Report on the bubonic plague in Bombay, 1896-1897
Year: 1896
Disease focus: Plague
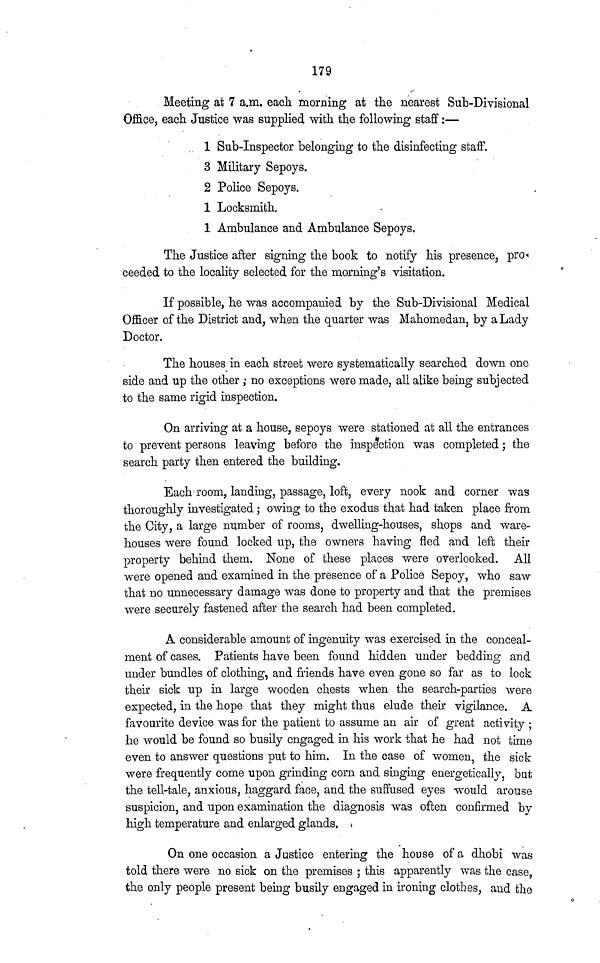
179
Meeting at 7 a.m. each morning at the nearest Sub-Divisional
Office, each Justice was supplied with the following staff :—
1 Sub-Inspector belonging to the disinfecting staff.
3 Military Sepoys.
2 Police Sepoys.
1 Locksmith.
1 Ambulance and Ambulance Sepoys.
The Justice after signing the book to notify his presence, pro
ceeded to the locality selected for the morning's visitation.
If possible, he was accompanied by the Sub-Divisional Medical
Officer of the District and, when the quarter was Mahomedan, by a Lady
Doctor.
The houses in each street were systematically searched down one
side and up the other ; no exceptions were made, all alike being subjected
to the same rigid inspection.
On arriving at a house, sepoys were stationed at all the entrances
to prevent persons leaving before the inspection was completed ; the
search party then entered the building.
Each room, landing, passage, loft, every nook and corner was
thoroughly investigated ; owing to the exodus that had taken place from
the City, a large number of rooms, dwelling-houses, shops and ware-
houses were found locked up, the owners having fled and left their
property behind them. None of these places were overlooked. All
were opened and examined in the presence of a Police Sepoy, who saw
that no unnecessary damage was done to property and that the premises
were securely fastened after the search had been completed.
A considerable amount of ingenuity was exercised in the conceal-
ment of cases. Patients have been found hidden under bedding and
under bundles of clothing, and friends have even gone so far as to lock
their sick up in large wooden chests when the search-parties were
expected, in the hope that they might thus elude their vigilance. A
favourite device was for the patient to assume an air of great activity ;
he would be found so busily engaged in his work that he had not time
even to answer questions put to him. In the case of women, the sick
were frequently come upon grinding corn and singing energetically, but
the tell-tale, anxious, haggard face, and the suffused eyes would arouse
suspicion, and upon examination the diagnosis was often confirmed by
high temperature and enlarged glands.
On one occasion a Justice entering the house of a dhobi was
told there were no sick on the premises ; this apparently was the case,
the only people present being busily engaged in ironing clothes, and the